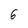
Character: 6